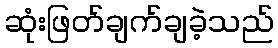
ဆုံးဖြတ်ချက်ချခဲ့သည်